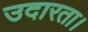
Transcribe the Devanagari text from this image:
उदारता।